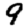
Digit: 9